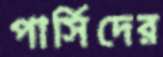
পার্সিদের